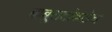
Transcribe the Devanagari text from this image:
बाबूरावांकडेच